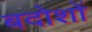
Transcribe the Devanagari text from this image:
बदोशों